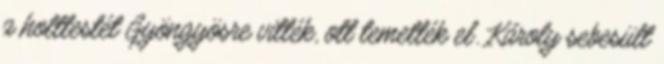
a holttestét Gyöngyösre vitték, ott temették el. Károly sebesült